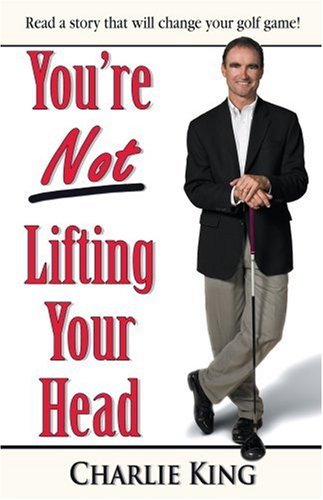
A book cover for You're NOT Lifting Your Head; Charlie King; Sports & Outdoors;